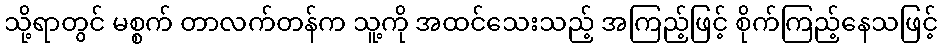
သို့ရာတွင် မစ္စက် တာလက်တန်က သူ့ကို အထင်သေးသည့် အကြည့်ဖြင့် စိုက်ကြည့်နေသဖြင့်